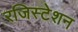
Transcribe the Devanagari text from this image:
रजिस्टेशन